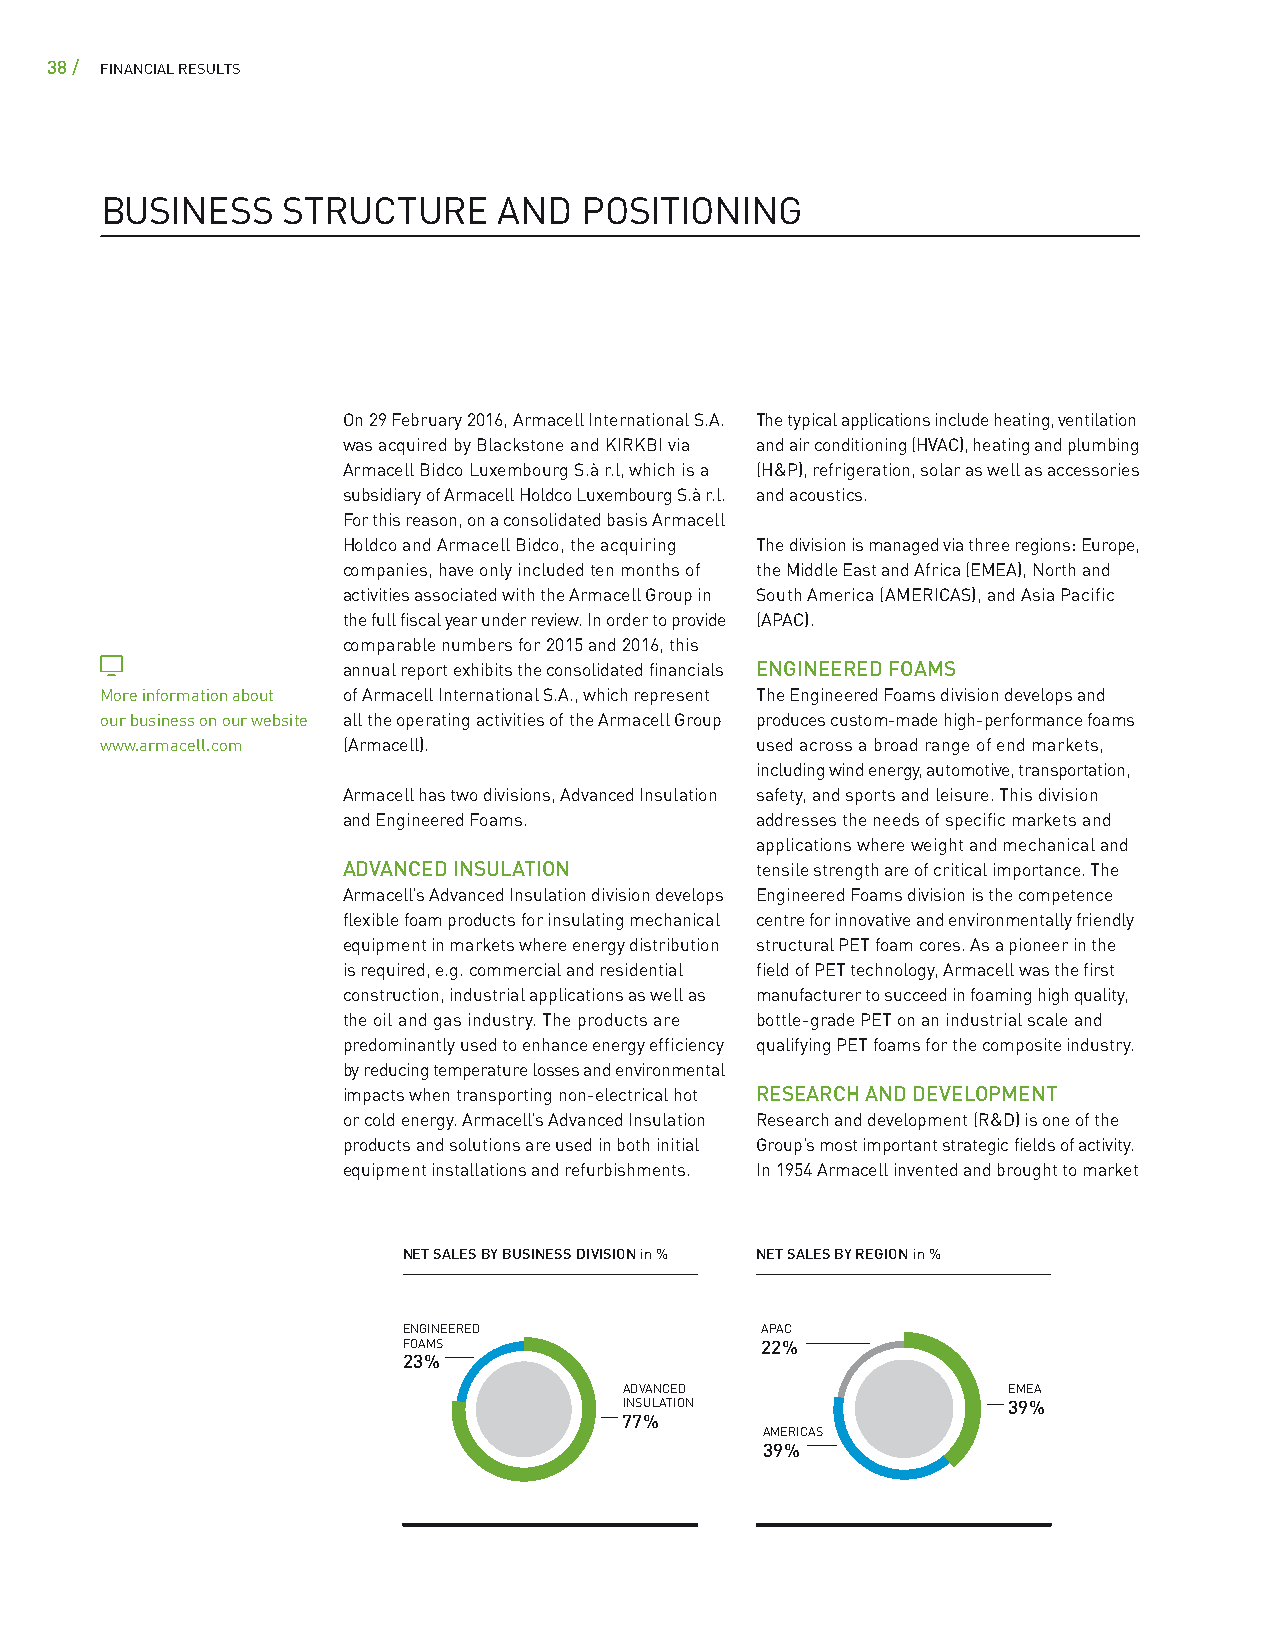
38 / FINANCIAL RESULTS
 BUSINESS    STRUCTURE     AND  POSITIONING
 On 29 February 2016, Armacell International S.A. The typical applications include heating, ventilation
 was acquired by Blackstone and KIRKBI via and air conditioning (HVAC), heating and plumbing
 Armacell Bidco Luxembourg S.à r.l, which is a (H&P), refrigeration, solar as well as accessories
 subsidiary of Armacell Holdco Luxembourg S.à r.l. and acoustics.
 For this reason, on a consolidated basis Armacell
 Holdco and Armacell Bidco, the acquiring The division is managed via three regions: Europe,
 companies, have only included ten months of the Middle East and Africa (EMEA), North and
 activities associated with the Armacell Group in South America (AMERICAS), and Asia Pacific
 the full fiscal year under review. In order to provide (APAC).
 comparable numbers for 2015 and 2016, this
 annual report exhibits the consolidated financials ENGINEERED FOAMS
 More information about of Armacell International S.A., which represent The Engineered Foams division develops and
 our business on our website all the operating activities of the Armacell Group produces custom-made high-performance foams
 www.armacell.com (Armacell).               used across a broad range of end markets,
 including wind energy, automotive, transportation,
 Armacell has two divisions, Advanced Insulation safety, and sports and leisure. This division
 and Engineered Foams.      addresses the needs of specific markets and
 applications where weight and mechanical and
 ADVANCED INSULATION        tensile strength are of critical importance. The
 Armacell’s Advanced Insulation division develops Engineered Foams division is the competence
 flexible foam products for insulating mechanical centre for innovative and environmentally friendly
 equipment in markets where energy distribution structural PET foam cores. As a pioneer in the
 is required, e.g. commercial and residential field of PET technology, Armacell was the first
 construction, industrial applications as well as manufacturer to succeed in foaming high quality,
 the oil and gas industry. The products are bottle-grade PET on an industrial scale and
 predominantly used to enhance energy efficiency qualifying PET foams for the composite industry.
 by reducing temperature losses and environmental
 impacts when transporting non-electrical hot RESEARCH AND DEVELOPMENT
 or cold energy. Armacell’s Advanced Insulation Research and development (R&D) is one of the
 products and solutions are used in both initial Group’s most important strategic fields of activity.
 equipment installations and refurbishments. In 1954 Armacell invented and brought to market
 NET SALES BY BUSINESS DIVISION in % NET SALES BY REGION in %
 ENGINEERED             APAC
 FOAMS                  22 %
 23 %
 ADVANCED                  EMEA
 INSULATION                39 %
 77 %
 AMERICAS
 39 %